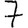
Digit: 7